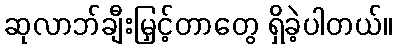
ဆုလာဘ်ချီးမြှင့်တာတွေ ရှိခဲ့ပါတယ်။